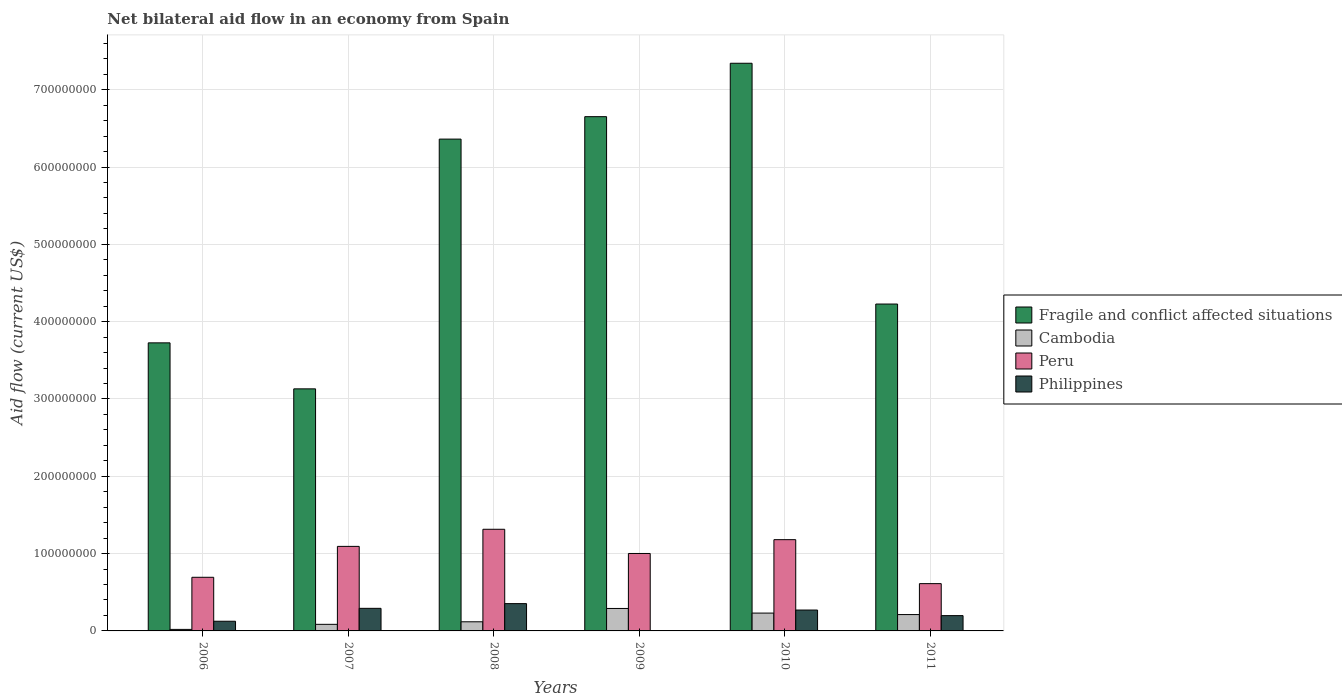
| Years | Fragile and conflict affected situations | Cambodia | Peru | Philippines |
 | --- | --- | --- | --- | --- |
 | 2006 | 3.73e+08 | 1.97e+06 | 6.94e+07 | 1.25e+07 |
 | 2007 | 3.13e+08 | 8.52e+06 | 1.09e+08 | 2.92e+07 |
 | 2008 | 6.36e+08 | 1.18e+07 | 1.31e+08 | 3.53e+07 |
 | 2009 | 6.65e+08 | 2.90e+07 | 1e+08 | -3.14e+07 |
 | 2010 | 7.34e+08 | 2.31e+07 | 1.18e+08 | 2.7e+07 |
 | 2011 | 4.23e+08 | 2.12e+07 | 6.12e+07 | 1.98e+07 |